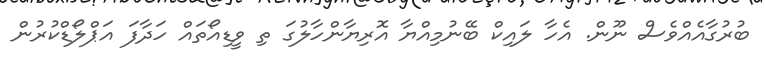
ބުރުގާއެއްވެސް ނޫން. އެހާ ލައިކް ބޭނުމިއްޔާ އޮރިޔާންހާލުގަ ތި ވީޑިއޯތައް ހަދާފަ އަޕްލޯޑްކުރުން